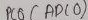
Text: ADC0